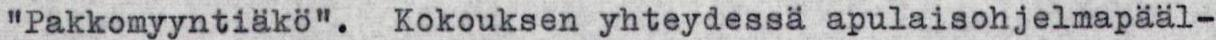
"Pakkomyyntiäkö". Kokouksen yhteydessä apulaisohjelmapääl-